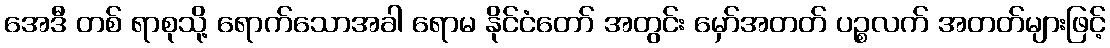
အေဒီ တစ် ရာစုသို့ ရောက်သောအခါ ရောမ နိုင်ငံတော် အတွင်း မှော်အတတ် ပဉ္စလက် အတတ်များဖြင့်